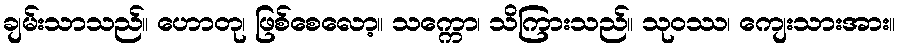
ချမ်းသာသည်။ ဟောတု၊ ဖြစ်စေလော့။ သက္ကော၊ သိကြားသည်။ သုဝဿ၊ ကျေးသားအား။